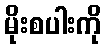
မိုးစပါးကို